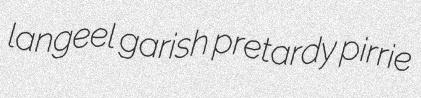
langeel garish pretardy pirrie